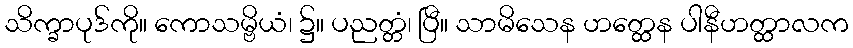
သိက္ခာပုဒ်ကို။ ကောသမ္ဗိယံ၊ ၌။ ပညတ္တံ၊ ပြီ။ သာမိသေန ဟတ္ထေန ပါနီဟတ္ထာလက